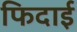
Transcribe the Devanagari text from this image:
फिदाई